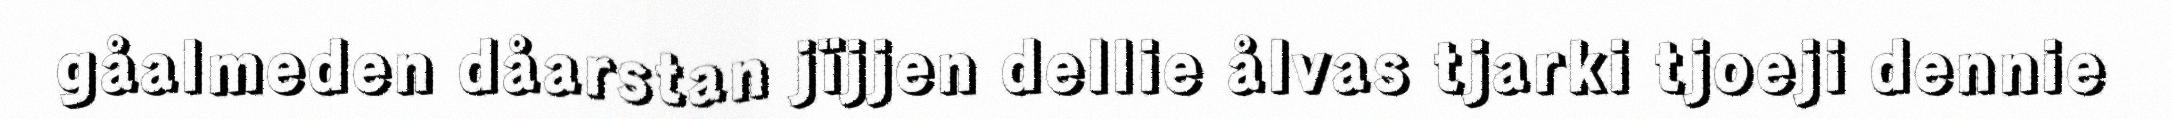
gåalmeden dåarstan jïjjen dellie ålvas tjarki tjoeji dennie